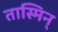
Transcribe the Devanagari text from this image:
तास्मिन्